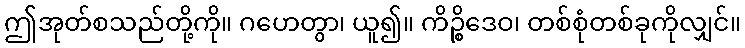
ဤအုတ်စသည်တို့ကို။ ဂဟေတွာ၊ ယူ၍။ ကိဉ္စိဒေဝ၊ တစ်စုံတစ်ခုကိုလျှင်။